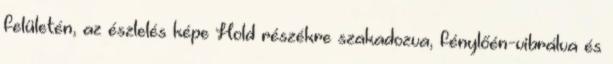
felületén, az észlelés képe Hold részékre szakadozva, fénylőén-vibrálva és